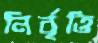
নির্বৃত্তি